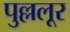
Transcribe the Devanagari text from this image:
पुल्ललूर